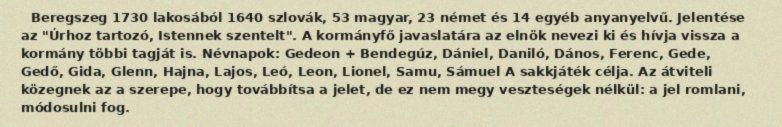
Beregszeg 1730 lakosából 1640 szlovák, 53 magyar, 23 német és 14 egyéb anyanyelvű. Jelentése az "Úrhoz tartozó, Istennek szentelt". A kormányfő javaslatára az elnök nevezi ki és hívja vissza a kormány többi tagját is. Névnapok: Gedeon + Bendegúz, Dániel, Daniló, Dános, Ferenc, Gede, Gedő, Gida, Glenn, Hajna, Lajos, Leó, Leon, Lionel, Samu, Sámuel A sakkjáték célja. Az átviteli közegnek az a szerepe, hogy továbbítsa a jelet, de ez nem megy veszteségek nélkül: a jel romlani, módosulni fog.